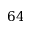
6 4